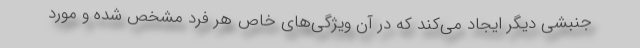
جنبشی دیگر ایجاد می‌کند که در آن ویژگی‌های خاص هر فرد مشخص شده و مورد